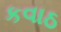
કવાઠ